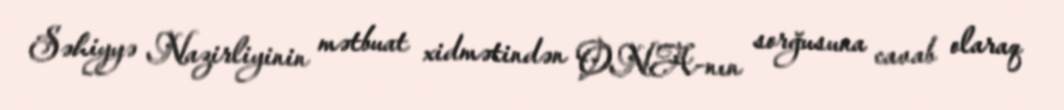
Səhiyyə Nazirliyinin mətbuat xidmətindən ONA-nın sorğusuna cavab olaraq